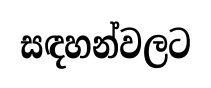
සඳහන්වලට